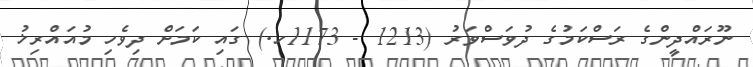
ނޫރައްދީންގެ ރަސްކަމުގެ ދުވަސްވަރު (1213 - 1173ހ.) ގައި ކަމަށް ދިވެހި މުއައްރިޚު